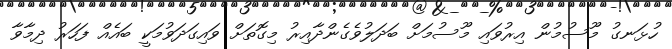
ހުޅަނގު މޫސުމުން އިރުވައި މޫސުމަށް ބަދަލުވެގެންދާއިރު މިގޮތަށް ވައިގަދަވުމަކީ ބައެއް ފަހަރު ދިމާވާ